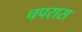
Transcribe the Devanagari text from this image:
चपरास